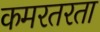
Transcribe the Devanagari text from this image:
कमरतरता